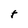
Character: T